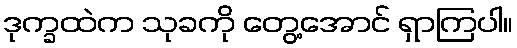
ဒုက္ခထဲက သုခကို တွေ့အောင် ရှာကြပါ။